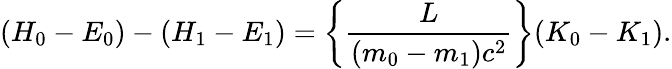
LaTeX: (H_{0}-E_{0})-(H_{1}-E_{1})=\left\{ \frac{L}{(m_{0}-m_{1})c^{2}}\right\} (K_{0}-K_{1}).